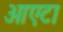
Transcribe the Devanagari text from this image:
आएटा